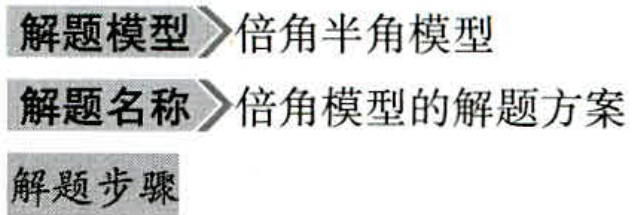
\begin{itemize}
\item 解题模型$\rightarrow$倍角半角模型
\item 解题名称$\rightarrow$倍角模型的解题方案
\item 解题步骤
\end{itemize}